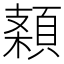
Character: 𩓠